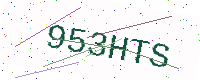
Text: 953HTS